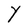
Character: Y